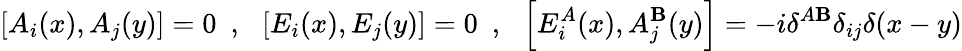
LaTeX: \left[A_{i}(x),A_{j}(y)\right]=0~~,~~\left[E_{i}(x),E_{j}(y)\right]=0~~,~~\left[E_{i}^{A}(x),A_{j}^{\mathbf{B}}(y)\right]=-i\delta^{A\mathbf{B}}\delta_{ij}\delta(x-y)